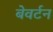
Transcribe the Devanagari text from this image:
बेवर्टन